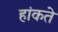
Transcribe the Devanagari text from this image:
हांकते